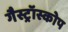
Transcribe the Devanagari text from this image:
गैस्ट्रॉस्कोप